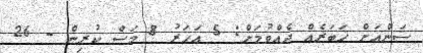
ސަންއަށް ޚަބަރެއް ދެއްވުމަށް: 5 އަހަރު 8 މަސް ކުރިން - 26